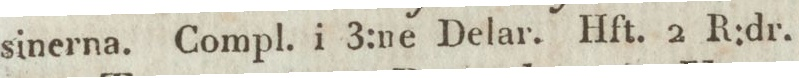
sinerna. Compl. i 3:ne Delar. Hft. 2 R:dr.